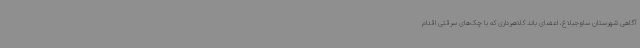
آگاهی شهرستان ساوجبلاغ، اعضای باند کلاهبرداری که با چک‌های سرقتی اقدام